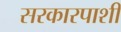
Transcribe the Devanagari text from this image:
सरकारपाशी